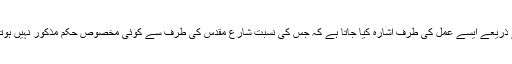
اسکے ذریعے ایسے عمل کی طرف اشارہ کیا جاتا ہے کہ جس کی نسبت شارع مقدس کی طرف سے کوئی مخصوص حکم مذکور نہیں ہوتا ہے ۔